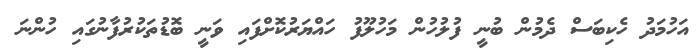
އަހުމަދު ހެކިބަސް ދެމުން ބުނީ ފުލުހުން މަހުލޫފު ހައްޔަރުކޮށްފައި ވަނީ ބޮޑުތަކުރުފާނުގައި ހުންނަ